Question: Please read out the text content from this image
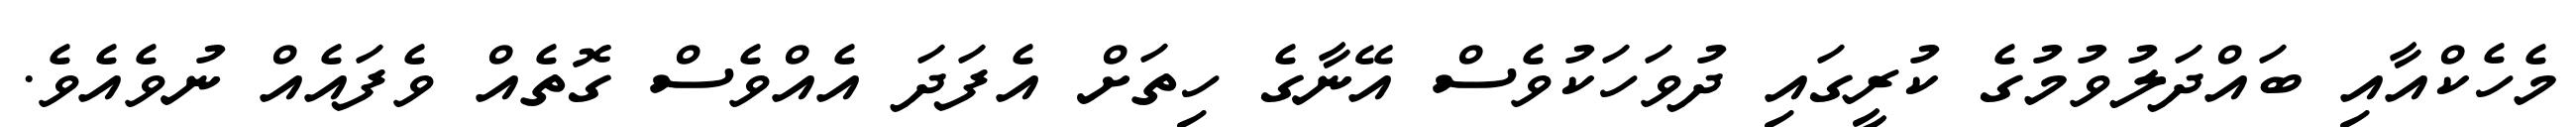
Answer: މެހެކްއާއި ބައްދަލުވުމުގެ ކުރީގައި ދުވަހަކުވެސް އޭނާގެ ހިތަށް އެފަދަ އެއްވެސް ގޮތެއް ވެފައެއް ނުވެއެވެ.